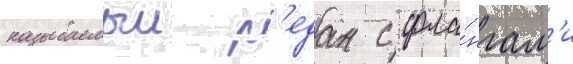
называемыи р'едан с фла́нгам'и